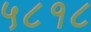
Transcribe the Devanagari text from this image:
५८१८